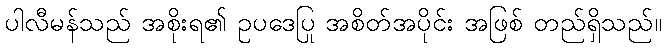
ပါလီမန်သည် အစိုးရ၏ ဥပဒေပြု အစိတ်အပိုင်း အဖြစ် တည်ရှိသည်။